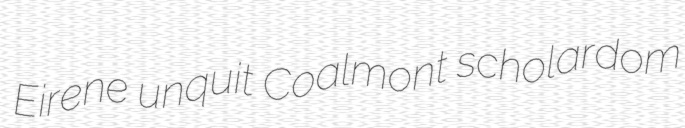
Eirene unquit Coalmont scholardom